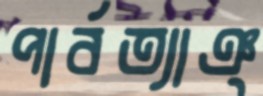
পার্বত্যাঞ্